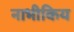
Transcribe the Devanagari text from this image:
नाभीकिय